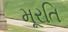
મૂરતિ